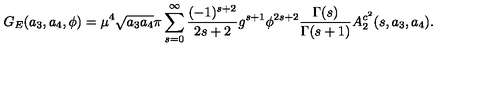
G _ { E } ( a _ { 3 } , a _ { 4 } , \phi ) = \mu ^ { 4 } \sqrt { a _ { 3 } a _ { 4 } } \pi \sum _ { s = 0 } ^ { \infty } \frac { ( - 1 ) ^ { s + 2 } } { 2 s + 2 } g ^ { s + 1 } \phi ^ { 2 s + 2 } \frac { \Gamma ( s ) } { \Gamma ( s + 1 ) } A _ { 2 } ^ { c ^ { 2 } } ( s , a _ { 3 } , a _ { 4 } ) .